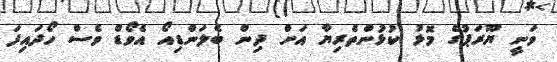
ވަނީ ޔޫރަޕުގެ މޮޅު ކުޅުންތެރިޔާ އަށް ދިން ބެލަންޑިއޯ އެވޯޑް ވެސް ހޯދައިފަ